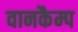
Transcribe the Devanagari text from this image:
वानकैम्प